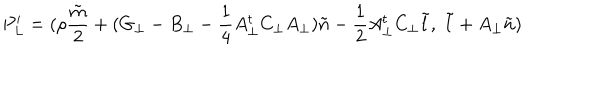
P _ { L } ^ { \prime } = ( { \rho } \frac { \tilde { m } } { 2 } + ( G _ { \bot } - B _ { \bot } - \frac { 1 } { 4 } A _ { \bot } ^ { t } C _ { \bot } A _ { \bot } ) { \tilde { n } } - \frac { 1 } { 2 } A _ { \bot } ^ { t } C _ { \bot } { \tilde { l } } , \; { \tilde { l } } + A _ { \bot } { \tilde { n } } )